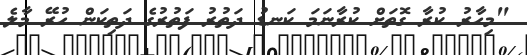
"މިހާރު ކުރާ ގޮތަށް ކުރާނަމަ ކަނޑު ދަތުރު ފަތުރުގެ ދަތިކަން ހުރޭ މާލެ